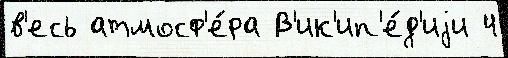
в'есь атмосф'е́ра В'ик'ип'е́д'иjи 4